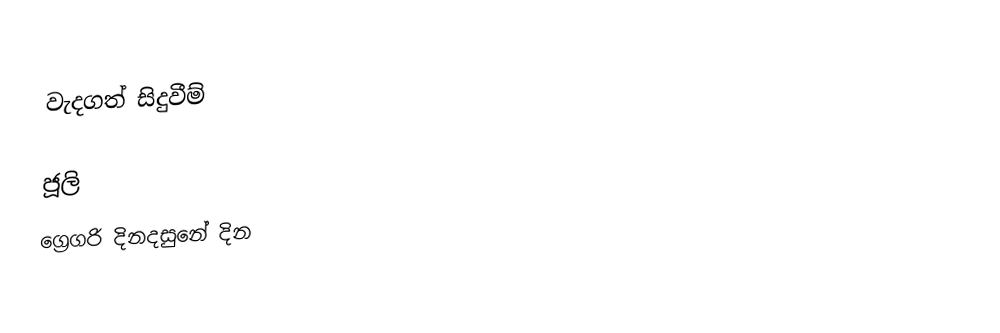

වැදගත් සිදුවීම්

ජූලි
ග්‍රෙගරි දිනදසුනේ දින